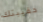
حقيبتك